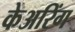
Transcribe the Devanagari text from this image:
केअरिंग